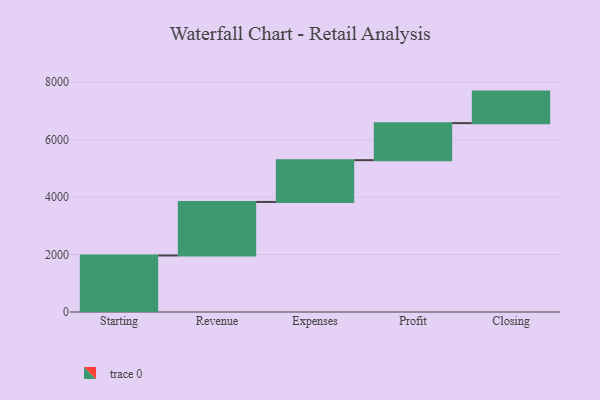
{"axis": {"x": "Step", "y": "Value"}, "legend": [""], "data": [{"x": "Starting", "y": 1968.0, "type": ""}, {"x": "Revenue", "y": 1864.0, "type": ""}, {"x": "Expenses", "y": 1454.0, "type": ""}, {"x": "Profit", "y": 1290.0, "type": ""}, {"x": "Closing", "y": 1098.0, "type": ""}]}